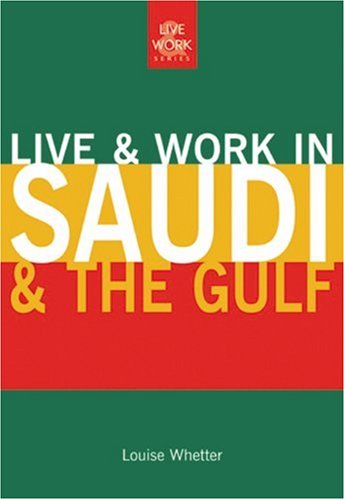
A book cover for Live & Work in Saudi & the Gulf; Louise Whetter; Travel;